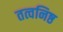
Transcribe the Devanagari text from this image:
तत्वनिष्ठ